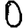
Digit: 0